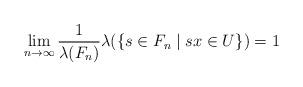
LaTeX: \begin{align*}\lim_{n \rightarrow \infty} \frac{1}{\lambda(F_n)}\lambda(\{s \in F_n\mid sx \in U\}) =1\end{align*}